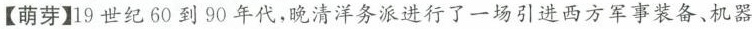
【萌芽】19世纪60到90年代，晚清洋务派进行了一场引进西方军事装备、机器